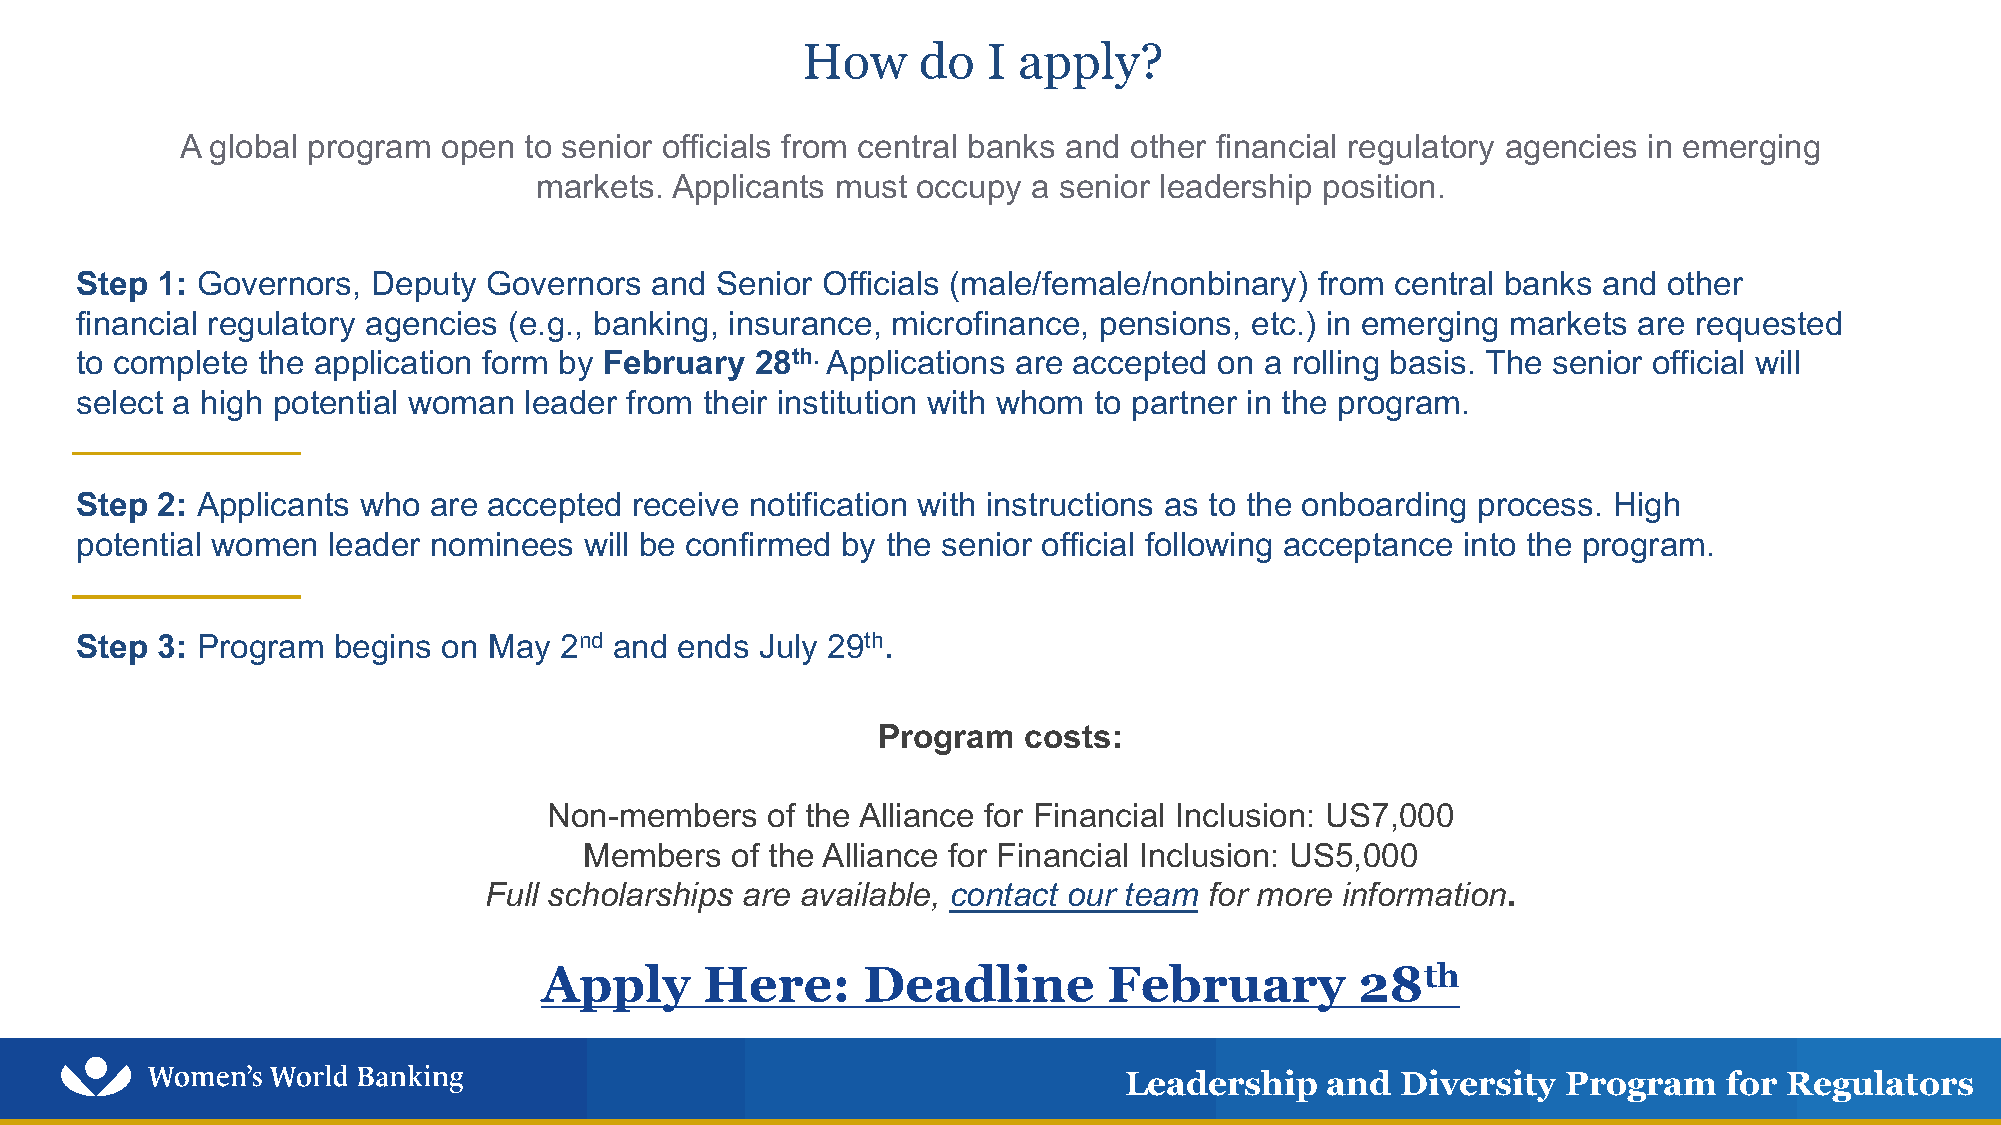
How     do  I apply?
 A global program open  to senior officials from central banks and other financial regulatory agencies in emerging
 markets. Applicants must  occupy a senior leadership position.
 Step 1: Governors,  Deputy Governors  and Senior Officials (male/female/nonbinary) from central banks and other
 financial regulatory agencies (e.g., banking, insurance, microfinance, pensions, etc.) in emerging markets are requested
 to complete the application form by February 28th. Applications are accepted on a rolling basis. The senior official will
 select a high potential woman leader from their institution with whom to partner in the program.
 Step 2: Applicants who are accepted  receive notification with instructions as to the onboarding process. High
 potential women  leader nominees  will be confirmed by the senior official following acceptance into the program.
 Step 3: Program  begins on May  2nd and ends July 29th.
 Program   costs:
 Non-members    of the Alliance for Financial Inclusion: US7,000
 Members  of the Alliance for Financial Inclusion: US5,000
 Full scholarships are available, contact our team for more information.
 Apply      Here:     Deadline        February         28th
 Leadership    and  Diversity  Program   for Regulators